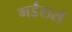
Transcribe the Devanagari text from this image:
गर्डलर्स